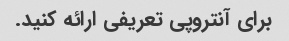
برای آنتروپی تعریفی ارائه کنید.